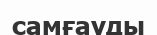
самғауды